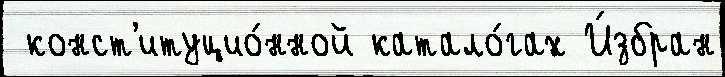
 конст'итуцио́нной катало́гах И́збран